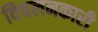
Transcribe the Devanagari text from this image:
विचलनकारी